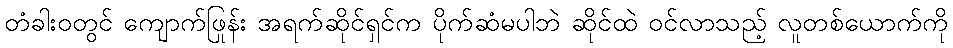
တံခါးဝတွင် ကျောက်ဖြုန်း အရက်ဆိုင်ရှင်က ပိုက်ဆံမပါဘဲ ဆိုင်ထဲ ဝင်လာသည့် လူတစ်ယောက်ကို